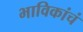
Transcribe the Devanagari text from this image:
भाविकांचं